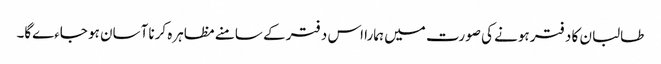
طالبان کا دفتر ہونے کی صورت میں ہمارا اس دفتر کے سامنے مظاہرہ کرنا آسان ہو جاءےگا۔